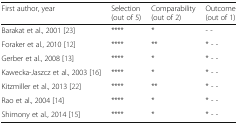
| First author, year | Selection(out of 5) | Comparability(out of 2) | Outcome(out of 1) |
 | --- | --- | --- | --- |
 | Barakat et al., 2001 [23] | **** | * | - - |
 | Foraker et al., 2010 [12] | **** | ** | * - - |
 | Gerber et al., 2008 [13] | **** | * | * - - |
 | Kawecka-Jaszcz et al., 2003 [16] | **** | * | * - - |
 | Kitzmiller et al., 2013 [22] | **** | ** | * - - |
 | Rao et al., 2004 [14] | **** | * | * - - |
 | Shimony et al., 2014 [15] | **** | * | * - - |